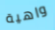
واهية